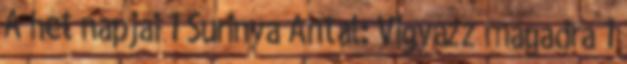
A hét napjai 1 Surinya Antal: Vigyázz magadra 1